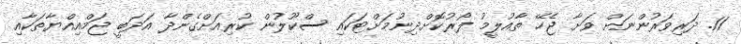
11. ދަރިވަރުންނަށް ވަށާ ޖެހޭ ތާއުލީމު ފޯރުކޮށްދިނުމަށްޓަކައި ސްކޫލުން ކުރިއަށްގެންދާ އަދަބީ ޖަމްއިއްޔާތަކާއި